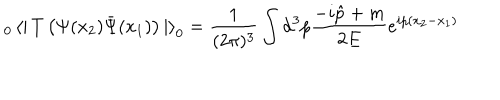
_ 0 \left< \right| T \left( \Psi ( x _ { 2 } ) \bar { \Psi } ( x _ { 1 } ) \right) \left| \right> _ { 0 } = \frac { 1 } { ( 2 \pi ) ^ { 3 } } \int { \mathrm d } ^ { 3 } p \frac { - i \hat { p } + m } { 2 E } e ^ { i p ( x _ { 2 } - x _ { 1 } ) }